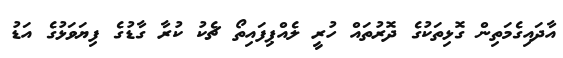
އާދައިގެމަތިން ގޮޅިތަކުގެ ދޮރުތައް ހުރީ ލެއްޕިފައިތޯ ޗެކު ކުރާ ގާޑުގެ ފިޔަވަޅުގެ އަޑު